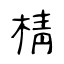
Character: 棈